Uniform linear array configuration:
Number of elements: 4
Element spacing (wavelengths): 0.5
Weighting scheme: cosine
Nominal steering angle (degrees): -15
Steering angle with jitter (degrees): -16.226
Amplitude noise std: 0.05
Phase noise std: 0.05

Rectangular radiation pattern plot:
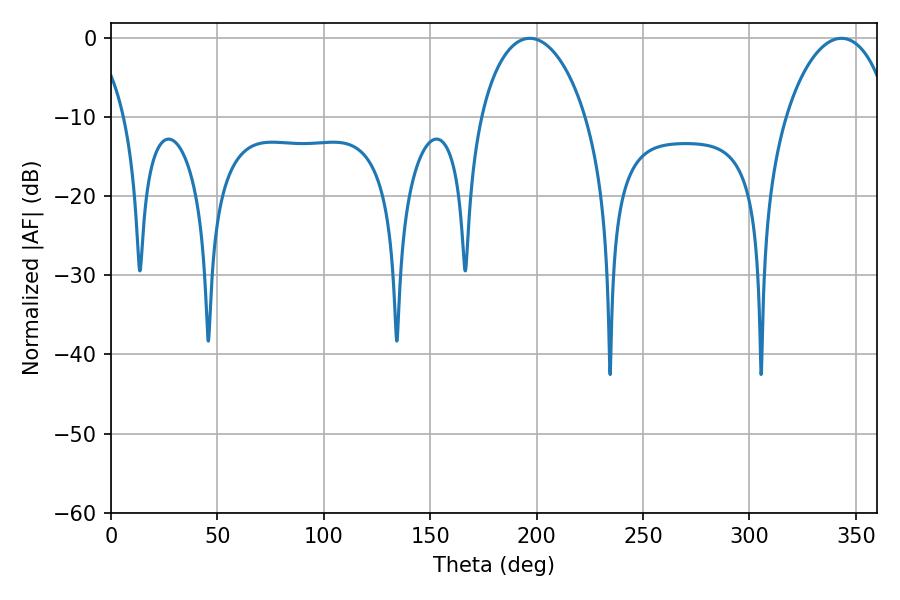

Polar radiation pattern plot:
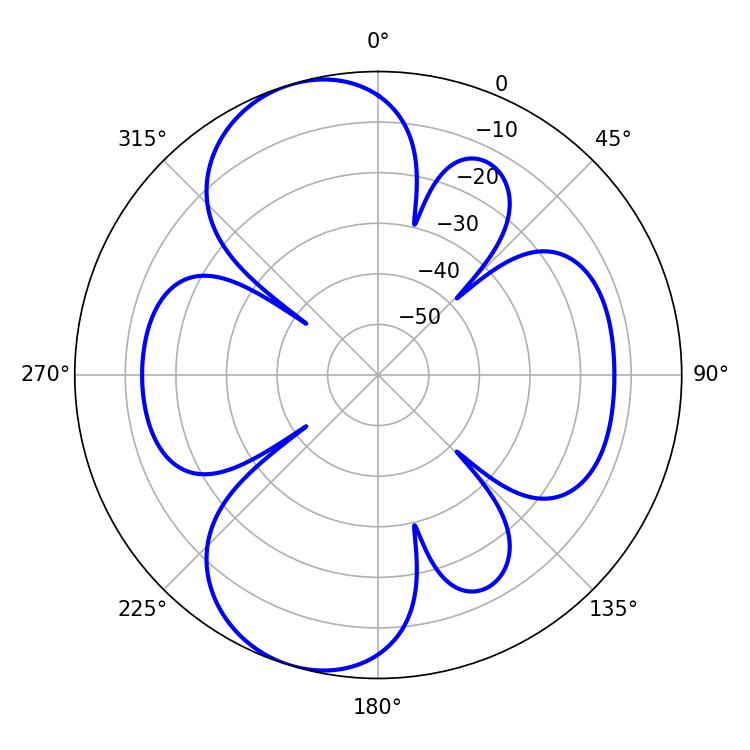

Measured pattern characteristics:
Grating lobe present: FALSE
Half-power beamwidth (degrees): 28.26
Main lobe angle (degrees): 196.74